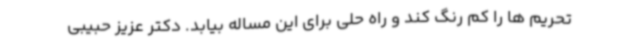
تحریم ها را کم رنگ کند و راه حلی برای این مساله بیابد. دکتر عزیز حبیبی